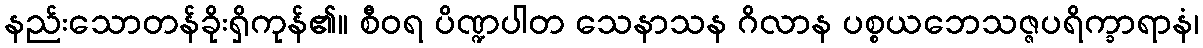
နည်းသောတန်ခိုးရှိကုန်၏။ စီဝရ ပိဏ္ဍပါတ သေနာသန ဂိလာန ပစ္စယဘေသဇ္ဇပရိက္ခာရာနံ၊